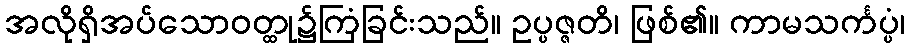
အလိုရှိအပ်သောဝတ္ထု၌ကြံခြင်းသည်။ ဥပ္ပဇ္ဇတိ၊ ဖြစ်၏။ ကာမသင်္ကပ္ပံ၊